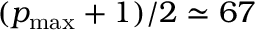
( p _ { \mathrm { m a x } } + 1 ) / 2 \simeq 6 7 \